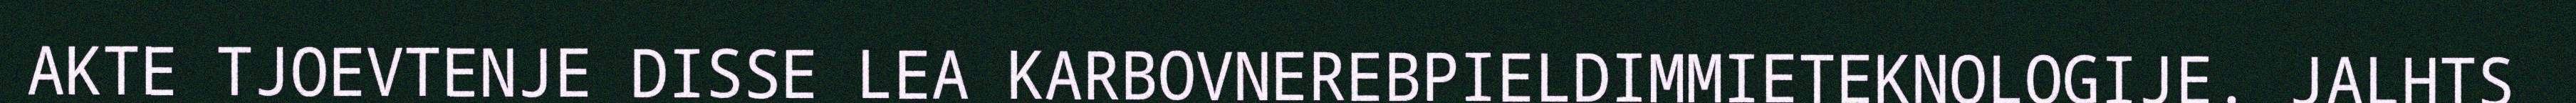
AKTE TJOEVTENJE DISSE LEA KARBOVNEREBPIELDIMMIETEKNOLOGIJE. JALHTS